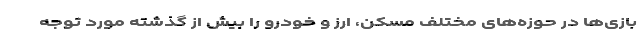
بازی‌ها در حوزه‌های مختلف مسکن، ارز و خودرو را بیش از گذشته مورد توجه